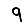
Digit: 9